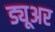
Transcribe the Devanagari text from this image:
ड्यूअर